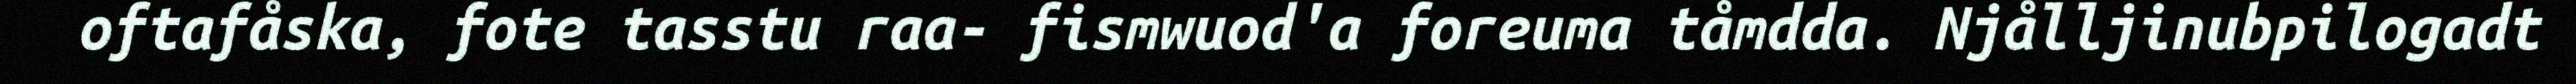
oftafåska, fote tasstu raa- fismwuod'a foreuma tåmdda. Njålljinubpilogadt